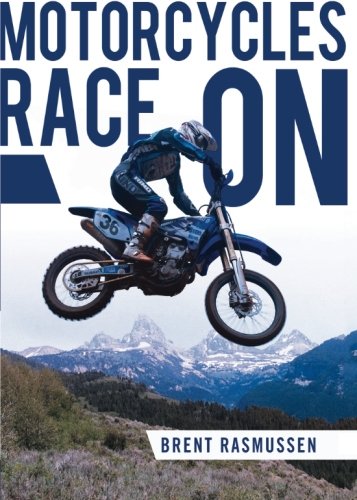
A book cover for Motorcycles Race On; Brent Rasmussen; Children's Books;